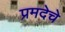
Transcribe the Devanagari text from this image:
प्रमदेचे